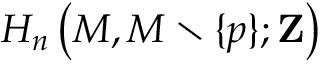
H _ { n } \left( M , M \setminus \{ p \} ; \mathbf { Z } \right)